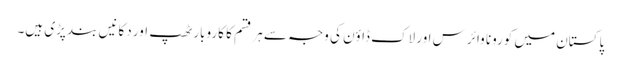
پاکستان میں کورونا وائرس اور لاک ڈاؤن کی وجہ سے ہر قسم کا کاروبار ٹھپ اور دکانیں بند پڑی ہیں۔